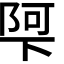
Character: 𮥌